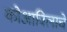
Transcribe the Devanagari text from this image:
कोआविलाचे